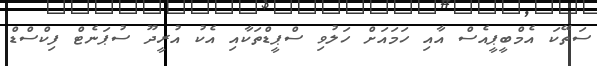
ސަތޭކަ އެމްބީޕީއެސް އާއި ހަމައަށް ހަލުވި ސްޕީޑްތަކާއި އެކު އުރީދޫ ސުޕަނެޓް ފިކްސްޑް